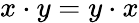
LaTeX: x\cdot y=y\cdot x